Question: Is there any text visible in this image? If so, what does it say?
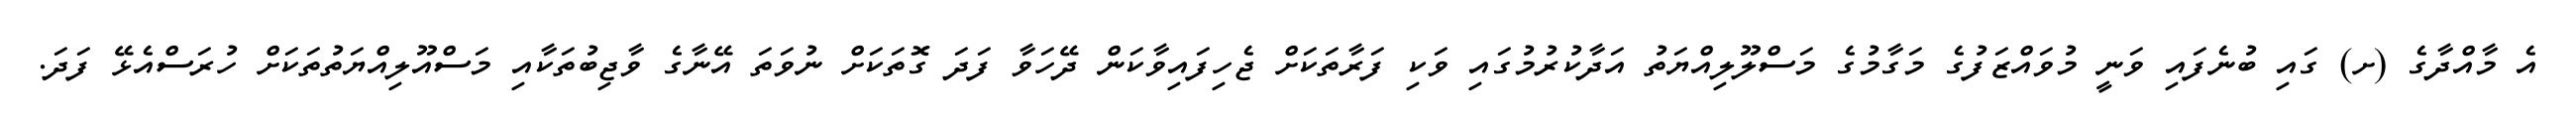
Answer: އެ މާއްދާގެ (ށ) ގައި ބުނެފައި ވަނީ މުވައްޒަފުގެ މަގާމުގެ މަސްލޫލިއްޔަތު އަދާކުރުމުގައި ވަކި ފަރާތަކަށް ޖެހިފައިވާކަން ދޭހަވާ ފަދަ ގޮތަކަށް ނުވަތަ އޭނާގެ ވާޖިބުތަކާއި މަސްއޫލިއްޔަތުތަކަށް ހުރަސްއެޅޭ ފަދަ.